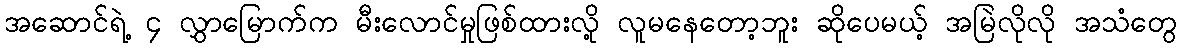
အဆောင်ရဲ့ ၄ လွှာမြောက်က မီးလောင်မှုဖြစ်ထားလို့ လူမနေတော့ဘူး ဆိုပေမယ့် အမြဲလိုလို အသံတွေ